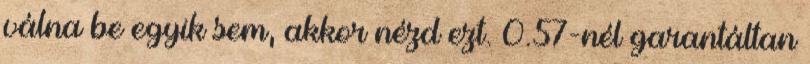
válna be egyik sem, akkor nézd ezt. 0.57-nél garantáltan